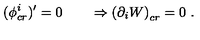
( \phi _ { c r } ^ { i } ) ^ { \prime } = 0 \qquad \Rightarrow \left( \partial _ { i } W \right) _ { c r } = 0 \ .